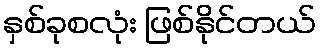
နှစ်ခုစလုံး ဖြစ်နိုင်တယ်